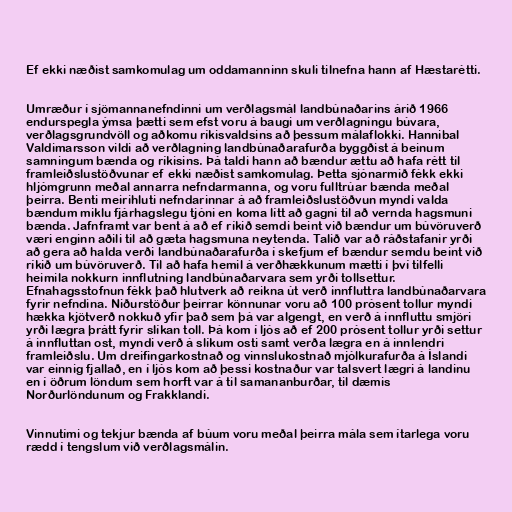
Ef ekki næðist samkomulag um oddamanninn skuli tilnefna hann af Hæstarétti.

Umræður í sjömannanefndinni um verðlagsmál landbúnaðarins árið 1966
endurspegla ýmsa þætti sem efst voru á baugi um verðlagningu búvara,
verðlagsgrundvöll og aðkomu ríkisvaldsins að þessum málaflokki. Hannibal
Valdimarsson vildi að verðlagning landbúnaðarafurða byggðist á beinum
samningum bænda og ríkisins. Þá taldi hann að bændur ættu að hafa rétt til
framleiðslustöðvunar ef ekki næðist samkomulag. Þetta sjónarmið fékk ekki
hljómgrunn meðal annarra nefndarmanna, og voru fulltrúar bænda meðal
þeirra. Benti meirihluti nefndarinnar á að framleiðslustöðvun myndi valda
bændum miklu fjárhagslegu tjóni en koma lítt að gagni til að vernda hagsmuni
bænda. Jafnframt var bent á að ef ríkið semdi beint við bændur um búvöruverð
væri enginn aðili til að gæta hagsmuna neytenda. Talið var að ráðstafanir yrði
að gera að halda verði landbúnaðarafurða í skefjum ef bændur semdu beint við
ríkið um búvöruverð. Til að hafa hemil á verðhækkunum mætti í því tilfelli
heimila nokkurn innflutning landbúnaðarvara sem yrði tollsettur.
Efnahagsstofnun fékk það hlutverk að reikna út verð innfluttra landbúnaðarvara
fyrir nefndina. Niðurstöður þeirrar könnunar voru að 100 prósent tollur myndi
hækka kjötverð nokkuð yfir það sem þá var algengt, en verð á innfluttu smjöri
yrði lægra þrátt fyrir slíkan toll. Þá kom í ljós að ef 200 prósent tollur yrði settur
á innfluttan ost, myndi verð á slíkum osti samt verða lægra en á innlendri
framleiðslu. Um dreifingarkostnað og vinnslukostnað mjólkurafurða á Íslandi
var einnig fjallað, en í ljós kom að þessi kostnaður var talsvert lægri á landinu
en í öðrum löndum sem horft var á til samananburðar, til dæmis
Norðurlöndunum og Frakklandi.

Vinnutími og tekjur bænda af búum voru meðal þeirra mála sem ítarlega voru
rædd í tengslum við verðlagsmálin.